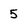
Character: 5